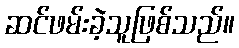
ဆင်ဖမ်းခဲ့သူဖြစ်သည်။